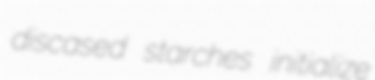
discased starches initialize